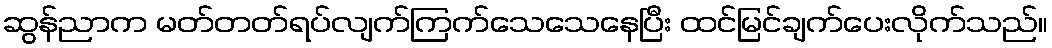
ဆွန်ညာက မတ်တတ်ရပ်လျက်ကြက်သေသေနေပြီး ထင်မြင်ချက်ပေးလိုက်သည်။